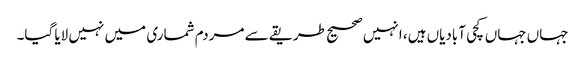
جہاں جہاں کچی آبادیاں ہیں، انہیں صحیح طریقے سے مردم شماری میں نہیں لایا گیا۔